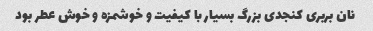
نان بربری کنجدی بزرگ بسیار با کیفیت و خوشمزه و خوش عطر بود